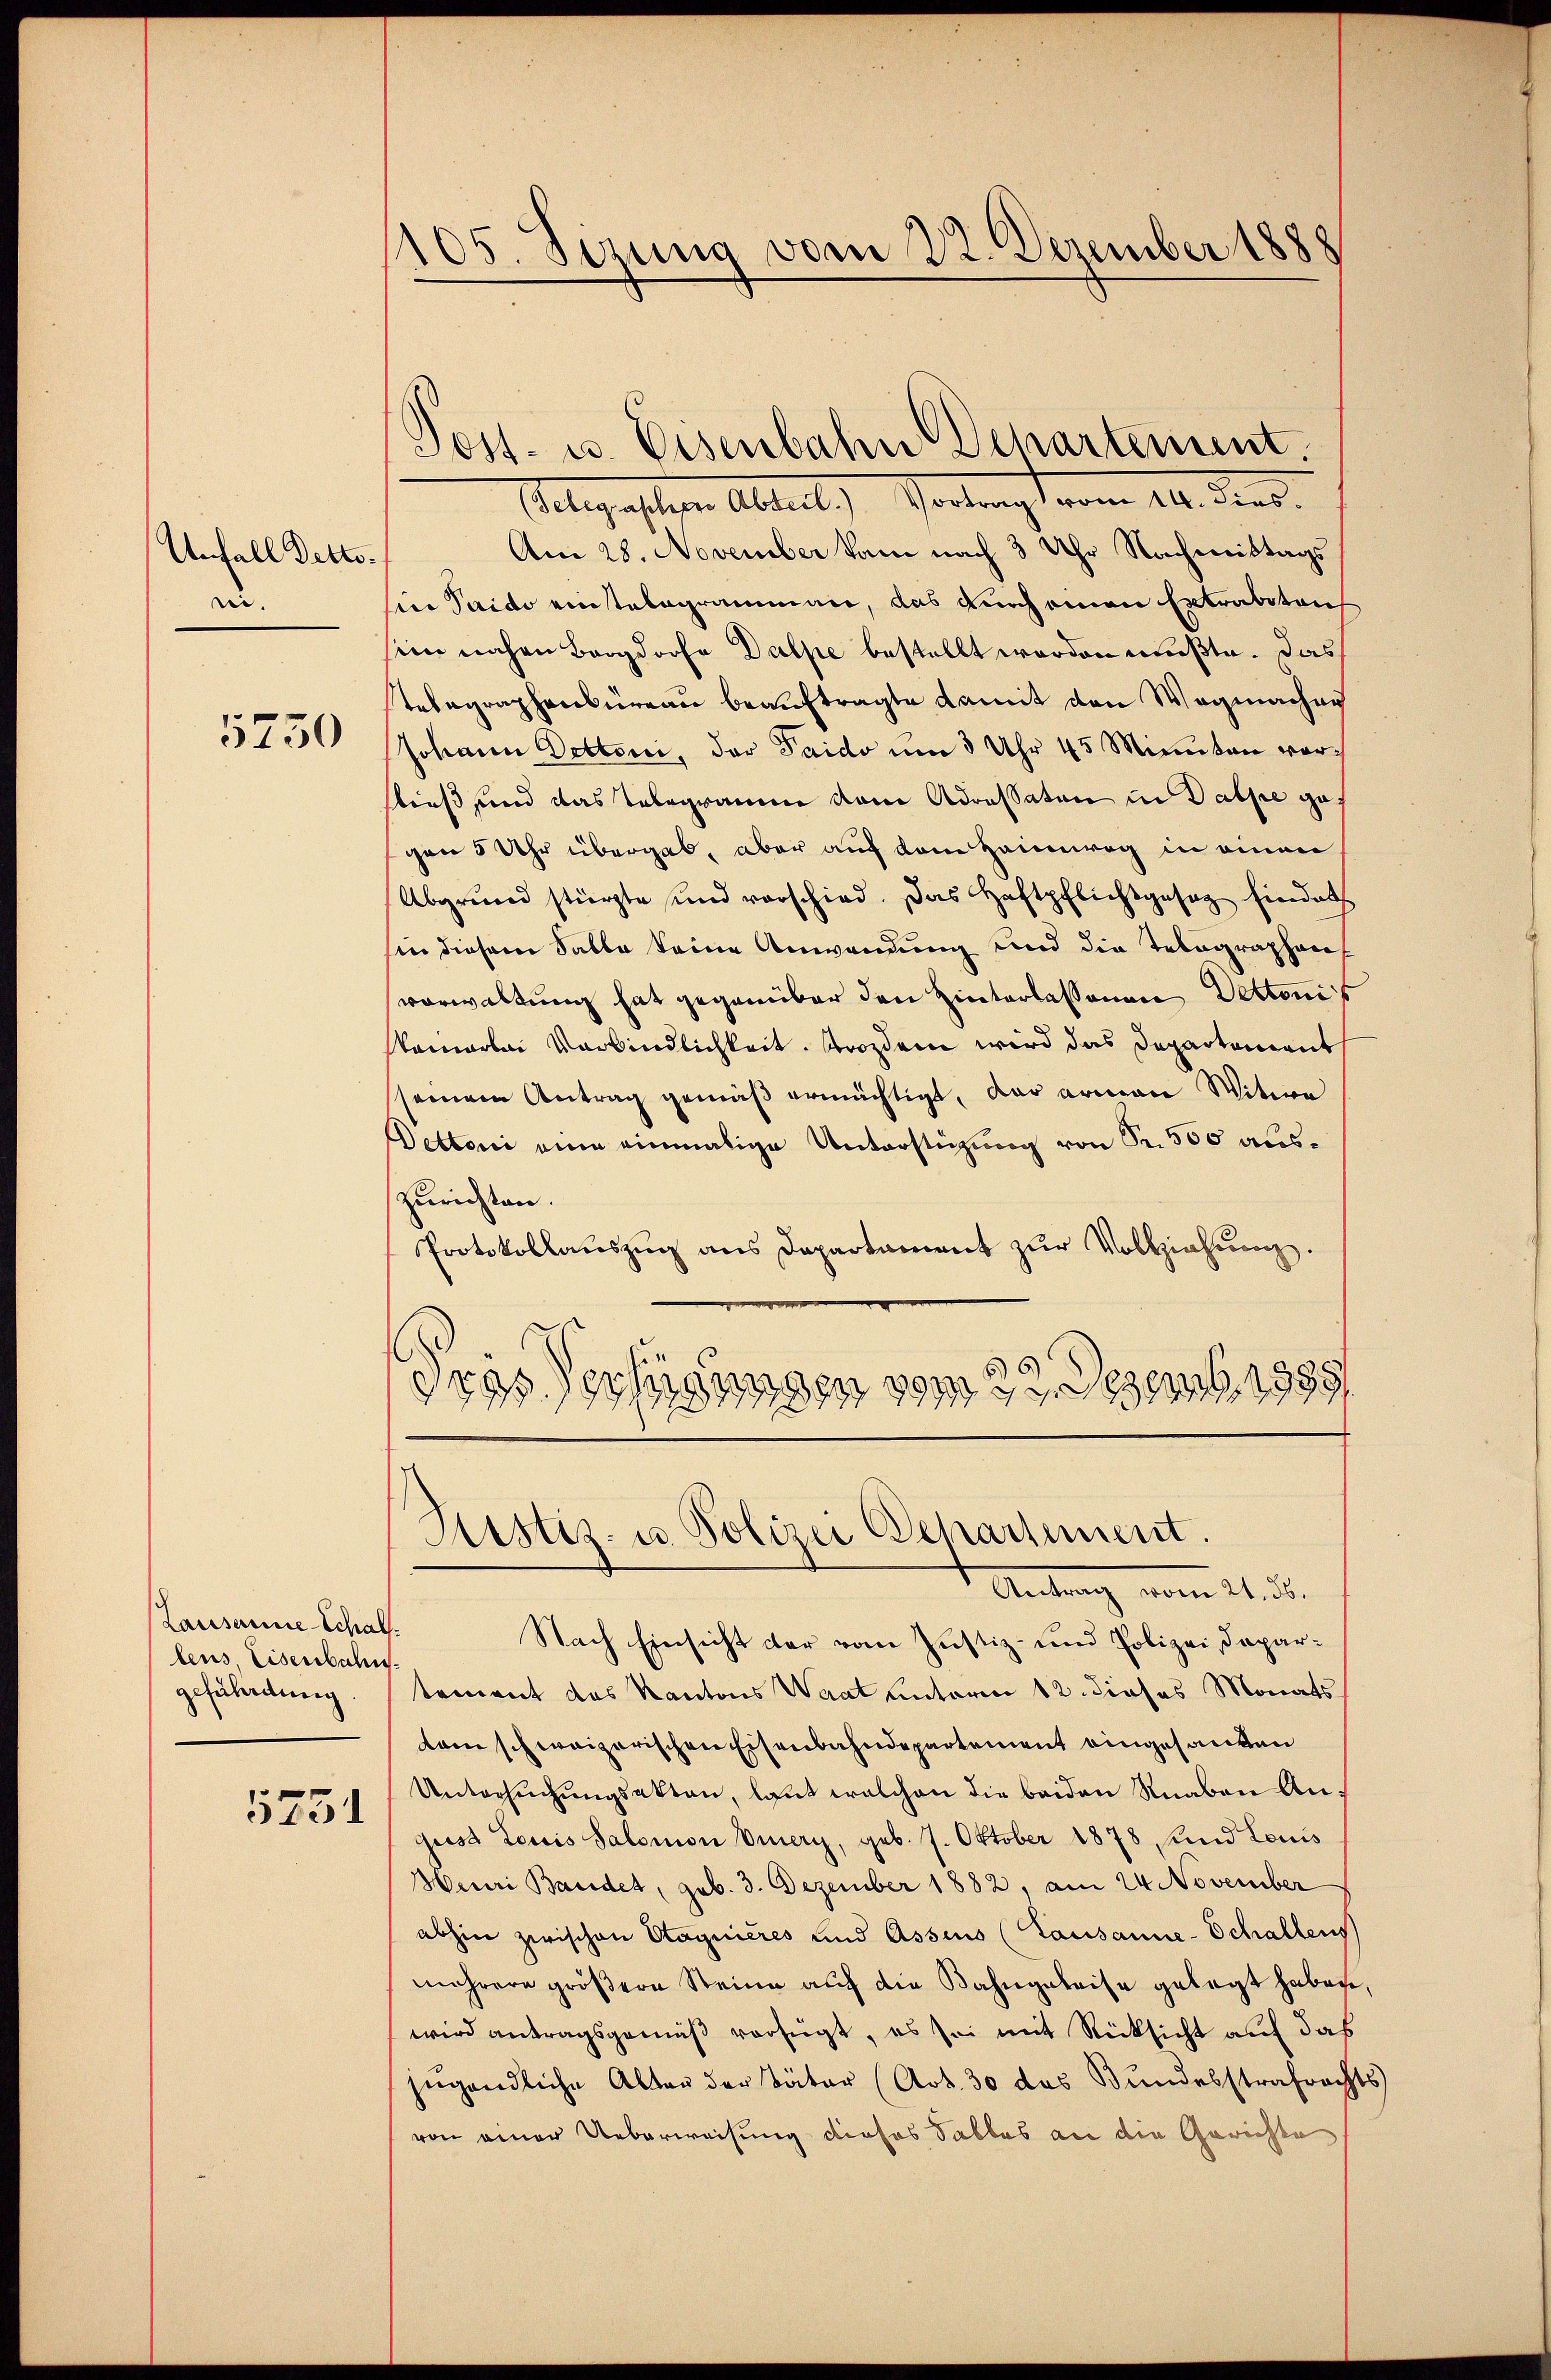
Unfall Detto.
ei.

5750

Lausanne Schal
lens Eisenbahn.
gefährdung

5731

105. Sezung vom 22. Dezember 1888

d

olgasten Abster Vortragt vom 14. dens.
Am 28. November kam nach 3 Uhr Nachmittags
sier Saido einstalogrammen, das durch einen Extrabten
im nahen Bargdorfe Dalpe bestellt worden mußte. Das
Telegraphenbüreau beauftragte damit von Wegmacher
Johann Doctor, der Saido um 3 Uhr 45 Minuten vorstieß und das Telegramme dem Adressaten in Dathe gegen 5 Uhr übergab, aber auf dem Heimweg in einen
Abgrund stürzte und vorschied. Das Haftpflichtgesag findet
sin diesem Satte keine Anwendung und die Telegraphenvorwaltung hat gegenüber den Hinterlassenen Dettonis
kamarlei Verbindlichkeit. Prozen wird das Departement
seinem Antrag gemäß ermächtigt, der armen Witwe
Dettoni eine einmalige Unterstüzung von Fr. 500 auszurichten.
Protokollauszug aus Departament zur Vollziehung.
Gras Verfügungen vom 2t. Dezemb. 1989.
77

Sost- u. Eisenbahn Departement.

Justiz- u. Polizei Departement.

Antrag vom 21. d.
Nach Einsicht der vom Justiz- und Polizei, Dapartement das Kantons Waat unterm 12. dieses Monats
tam schweizerischen Eisenbahndepartement eingesanden
Untersuchungsakten, laut welchen die beiden Knaben Angus Louis Salomon Vierz, geb. 7. Oktober 1878 fund Louis
Heuri Bandet, geb. 3. Dezember 1882, am 24. November
abhin zwischen Stagnieres und Assius (Lausanne-Schaltens
mehrere größere Steine auf die Bahngeleise gelegt habene,
wird antragsgemäß verfügt, es sei mit Rücksicht auf das
jugendliche Abten der Täter (Art. 30 das Bundesstrafrechts
von einer Ueberweisung dieses Tables an die Gerichte